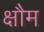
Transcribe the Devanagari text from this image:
क्षौम